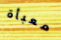
معبأة